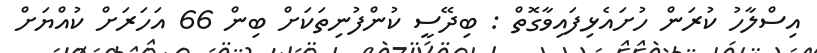
އިސްލާހު ކުރަން ހުށައެޅިފައިވާގޮތް : ބިދޭސީ ކުންފުނިތަކަށް ބިން 66 އަހަރަށް ކުއްޔަށް